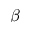
\beta